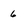
Character: 6